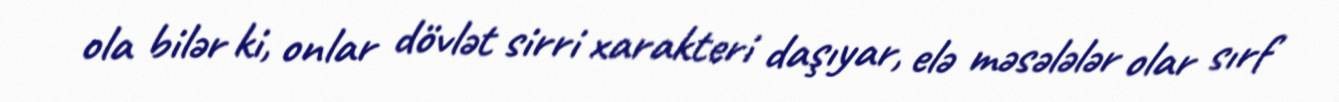
ola bilər ki, onlar dövlət sirri xarakteri daşıyar, elə məsələlər olar sırf